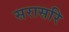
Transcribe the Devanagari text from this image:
सरासरि